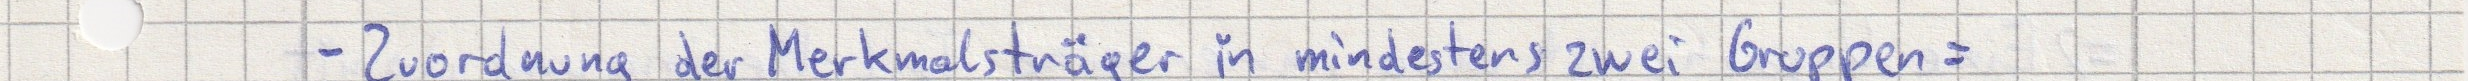
- Zuordnung der Merkmalsträger in mindestens zwei Gruppen =